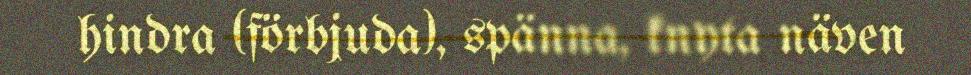
hindra (förbjuda), spänna, knyta näven